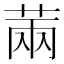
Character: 䓣